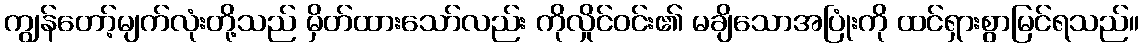
ကျွန်တော့်မျက်လုံးတို့သည် မှိတ်ထားသော်လည်း ကိုလှိုင်ဝင်း၏ မချိသောအပြုံးကို ထင်ရှားစွာမြင်ရသည်။